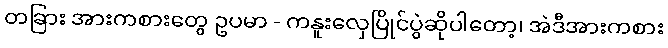
တခြား အားကစားတွေ ဥပမာ - ကနူးလှေပြိုင်ပွဲဆိုပါတော့၊ အဲဒီအားကစား